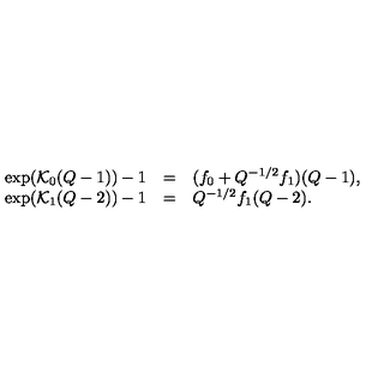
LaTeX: \begin{array} { r c l } { \exp ( { \cal K } _ { 0 } ( Q - 1 ) ) - 1 } & { = } & { ( f _ { 0 } + Q ^ { - 1 / 2 } f _ { 1 } ) ( Q - 1 ) , } \\ { \exp ( { \cal K } _ { 1 } ( Q - 2 ) ) - 1 } & { = } & { Q ^ { - 1 / 2 } f _ { 1 } ( Q - 2 ) . } \\ \end{array}